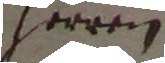
herren